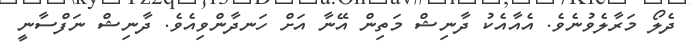
ދެލޯ މަރާލެވުނެވެ. އެއާއެކު ދާނިޝް މަތިން އޭނާ އަށް ހަނދާންވިއެވެ. ދާނިޝް ނަފްސާނީ